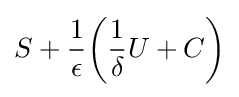
S+{\frac {1}{\epsilon }}{\biggl (}{\frac {1}{\delta }}U+C{\biggr )}